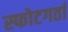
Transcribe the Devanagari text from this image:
स्फोटगर्ता